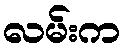
လမ်းက